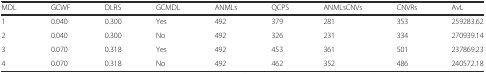
<table><thead><tr><td><b>MDL</b></td><td><b>GCWF</b></td><td><b>DLRS</b></td><td><b>GCMDL</b></td><td><b>ANMLs</b></td><td><b>QCPS</b></td><td><b>ANMLsCNVs</b></td><td><b>CNVRs</b></td><td><b>AvL</b></td></tr></thead><tbody><tr><td>1</td><td>0.040</td><td>0.300</td><td>Yes</td><td>492</td><td>379</td><td>281</td><td>353</td><td>259283.62</td></tr><tr><td>2</td><td>0.040</td><td>0.300</td><td>No</td><td>492</td><td>326</td><td>231</td><td>334</td><td>270939.14</td></tr><tr><td>3</td><td>0.070</td><td>0.318</td><td>Yes</td><td>492</td><td>453</td><td>361</td><td>501</td><td>237869.23</td></tr><tr><td>4</td><td>0.070</td><td>0.318</td><td>No</td><td>492</td><td>462</td><td>352</td><td>486</td><td>240572.18</td></tr></tbody></table>